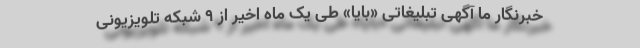
خبرنگار ما آگهی تبلیغاتی «بایا» طی یک ماه اخیر از ۹ شبکه تلویزیونی